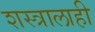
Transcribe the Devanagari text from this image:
शस्त्रालाही